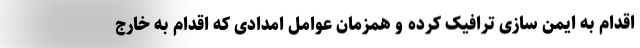
اقدام به ایمن سازی ترافیک کرده و همزمان عوامل امدادی که اقدام به خارج